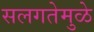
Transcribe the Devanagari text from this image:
सलगतेमुळे